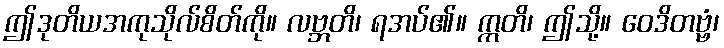
ဤဒုတိယအကုသိုလ်စိတ်ကို။ လဗ္ဘတိ၊ ရအပ်၏။ ဣတိ၊ ဤသို့။ ဝေဒိတဗ္ဗံ၊